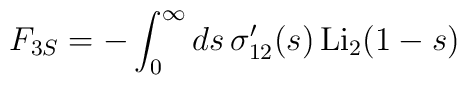
F_{3S}=-\int_0^\infty ds\,\sigma^\prime_{12}(s)\,{\rm Li}_2(1-s)